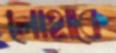
লোহাকে